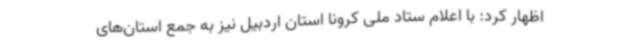
اظهار کرد: با اعلام ستاد ملی کرونا استان اردبیل نیز به جمع استان‌های